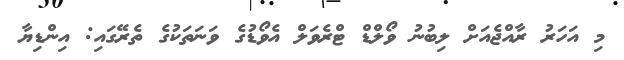
މި އަހަރު ރާއްޖެއަށް ލިބުނު ވޯލްޑް ޓްރެވަލް އެވޯޑުގެ ވަނަތަކުގެ ތެރޭގައި: އިންޑިޔާ